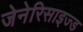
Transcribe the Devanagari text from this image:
जेनेरिसाइज्ड